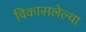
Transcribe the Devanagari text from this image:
विकासलेल्या